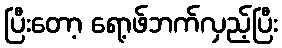
ပြီးတော့ ရော့ဖ်ဘက်လှည့်ပြီး